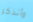
وأتذكر